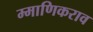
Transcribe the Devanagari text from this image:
म्माणिकराव